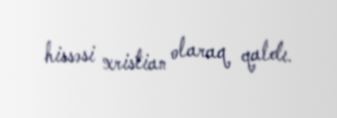
hissəsi xristian olaraq qaldı.